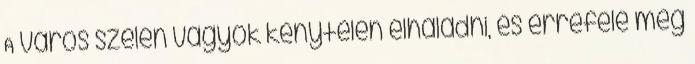
A város szélén vagyok kénytelen elhaladni, és errefelé még